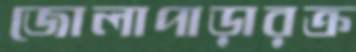
জোলাপাড়ারক্র